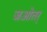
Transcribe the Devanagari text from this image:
जओतर्